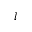
l